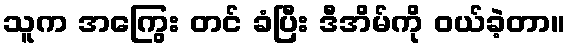
သူက အကြွေး တင် ခံပြီး ဒီအိမ်ကို ဝယ်ခဲ့တာ။